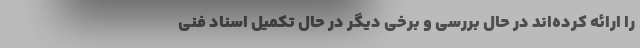
را ارائه کرده‌اند در حال بررسی و برخی دیگر در حال تکمیل اسناد فنی